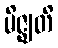
မိဇ္ဈတိ